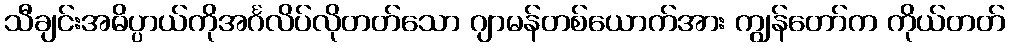
သီချင်းအဓိပ္ပာယ်ကိုအင်္ဂလိပ်လိုတတ်သော ဂျာမန်တစ်ယောက်အား ကျွန်တော်က ကိုယ်တတ်